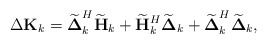
\begin{align*}\Delta\mathbf{K}_k = \widetilde{\boldsymbol{\Delta}}_k^H\widetilde{\mathbf{H}}_k + \widetilde{\mathbf{H}}_k^H\widetilde{\boldsymbol{\Delta}}_k + \widetilde{\boldsymbol{\Delta}}_k^H\widetilde{\boldsymbol{\Delta}}_k,\end{align*}